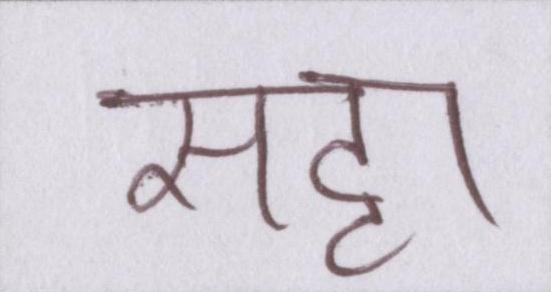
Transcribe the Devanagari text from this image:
सट्टा